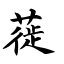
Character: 蓰